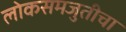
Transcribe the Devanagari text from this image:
लोकसमजुतीचा